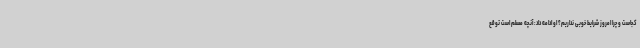
کجاست و چرا امروز شرایط خوبی نداریم؟ او ادامه داد: آنچه مسلم است توقع